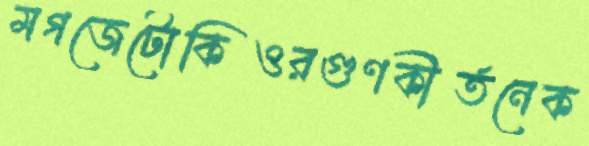
মগজেটোকিওরগুণকীর্তনেক